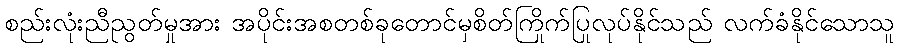
စည်းလုံးညီညွတ်မှုအား အပိုင်းအစတစ်ခုတောင်မှစိတ်ကြိုက်ပြုလုပ်နိုင်သည် လက်ခံနိုင်သောသူ